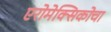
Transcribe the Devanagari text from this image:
एरोमेक्सिकोचा